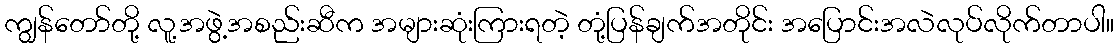
ကျွန်တော်တို့ လူ့အဖွဲ့အစည်းဆီက အများဆုံးကြားရတဲ့ တုံ့ပြန်ချက်အတိုင်း အပြောင်းအလဲလုပ်လိုက်တာပါ။